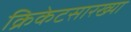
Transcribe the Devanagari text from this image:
क्रिकेटसारख्या